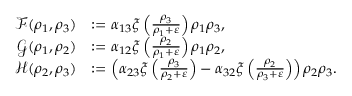
\begin{array} { r l } { \mathcal { F } ( \rho _ { 1 } , \rho _ { 3 } ) } & { : = \alpha _ { 1 3 } \xi \left( \frac { \rho _ { 3 } } { \rho _ { 1 } + \varepsilon } \right) \rho _ { 1 } \rho _ { 3 } , } \\ { \mathcal { G } ( \rho _ { 1 } , \rho _ { 2 } ) } & { : = \alpha _ { 1 2 } \xi \left( \frac { \rho _ { 2 } } { \rho _ { 1 } + \varepsilon } \right) \rho _ { 1 } \rho _ { 2 } , } \\ { \mathcal { H } ( \rho _ { 2 } , \rho _ { 3 } ) } & { : = \left( \alpha _ { 2 3 } \xi \left( \frac { \rho _ { 3 } } { \rho _ { 2 } + \varepsilon } \right) - \alpha _ { 3 2 } \xi \left( \frac { \rho _ { 2 } } { \rho _ { 3 } + \varepsilon } \right) \right) \rho _ { 2 } \rho _ { 3 } . } \end{array}